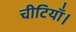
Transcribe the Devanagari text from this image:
चीटियाँ।